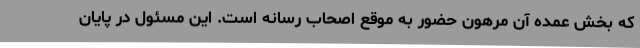
که بخش عمده آن مرهون حضور به موقع اصحاب رسانه است. این مسئول در پایان